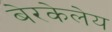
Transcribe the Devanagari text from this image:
बेरकेलेय